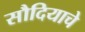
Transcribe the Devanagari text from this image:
सौदियाचे